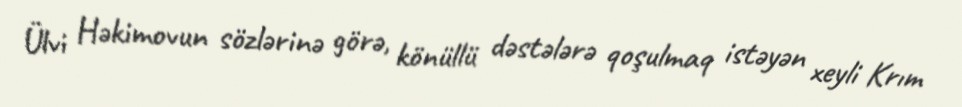
Ülvi Həkimovun sözlərinə görə, könüllü dəstələrə qoşulmaq istəyən xeyli Krım